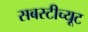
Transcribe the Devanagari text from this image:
सबस्टीच्यूट